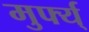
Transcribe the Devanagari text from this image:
मुर्फ्य्